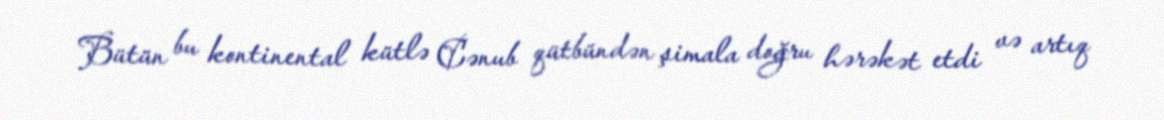
Bütün bu kontinental kütlə Cənub qütbündən şimala doğru hərəkət etdi və artıq